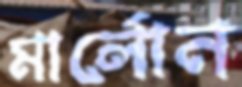
মার্লোন